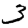
Digit: 3